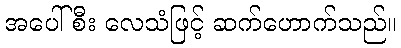
အပေါ်စီး လေသံဖြင့် ဆက်ဟောက်သည်။